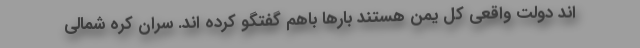
اند دولت واقعی کل یمن هستند بارها باهم گفتگو کرده اند. سران کره شمالی